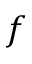
f